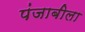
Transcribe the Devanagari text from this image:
पंजाबीला